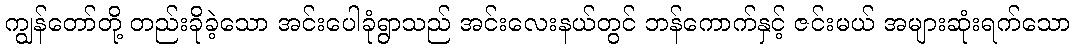
ကျွန်တော်တို့ တည်းခိုခဲ့သော အင်းပေါခုံရွာသည် အင်းလေးနယ်တွင် ဘန်ကောက်နှင့် ဇင်းမယ် အများဆုံးရက်သော